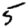
Digit: 5